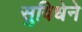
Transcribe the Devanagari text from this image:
सुविधेने